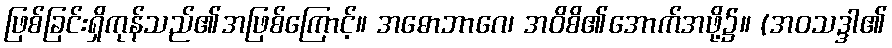
ဖြစ်ခြင်းရှိကုန်သည်၏အဖြစ်ကြောင့်။ အဓောဘာဂေ၊ အဝိစိ၏အောက်အဖို့၌။ (အဝသဒ္ဒါ၏